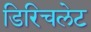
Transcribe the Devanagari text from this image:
डिरिचलेट